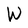
Character: W